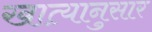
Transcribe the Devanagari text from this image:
खात्यानुसार